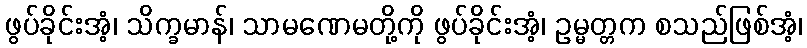
ဖွပ်ခိုင်းအံ့၊ သိက္ခမာန်၊ သာမဏေမတို့ကို ဖွပ်ခိုင်းအံ့၊ ဥမ္မတ္တက စသည်ဖြစ်အံ့၊